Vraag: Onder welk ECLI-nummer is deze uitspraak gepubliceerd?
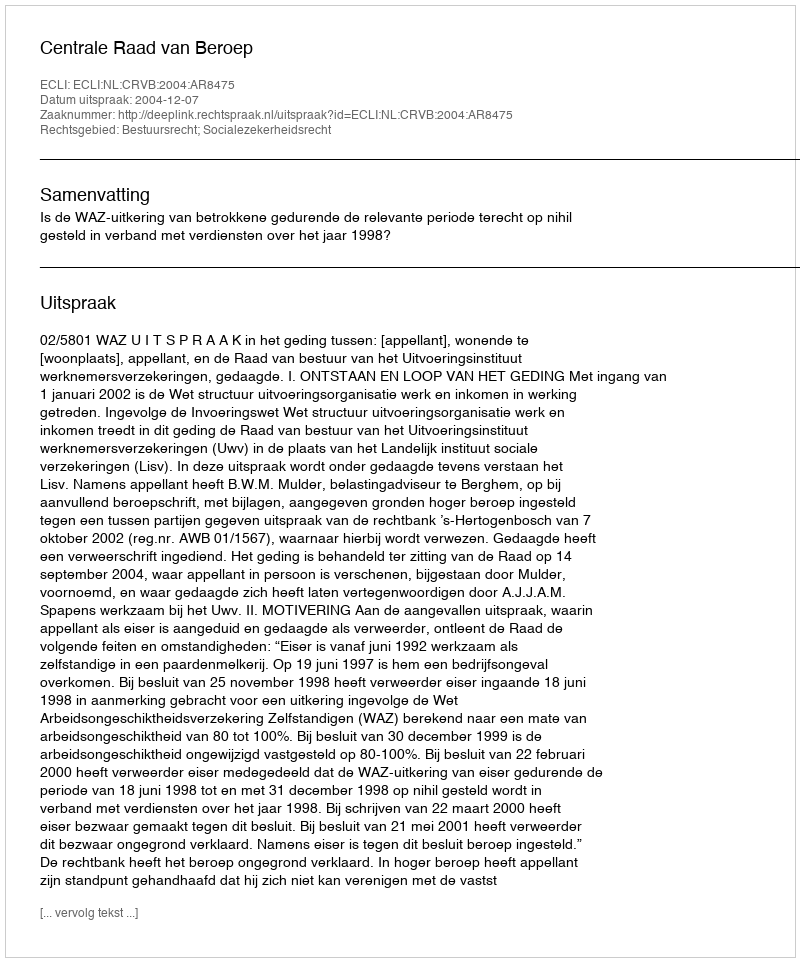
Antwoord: ECLI:NL:CRVB:2004:AR8475